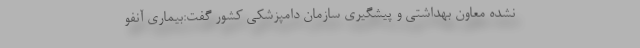
نشده معاون بهداشتی و پیشگیری سازمان دامپزشکی کشور گفت:بیماری آنفو